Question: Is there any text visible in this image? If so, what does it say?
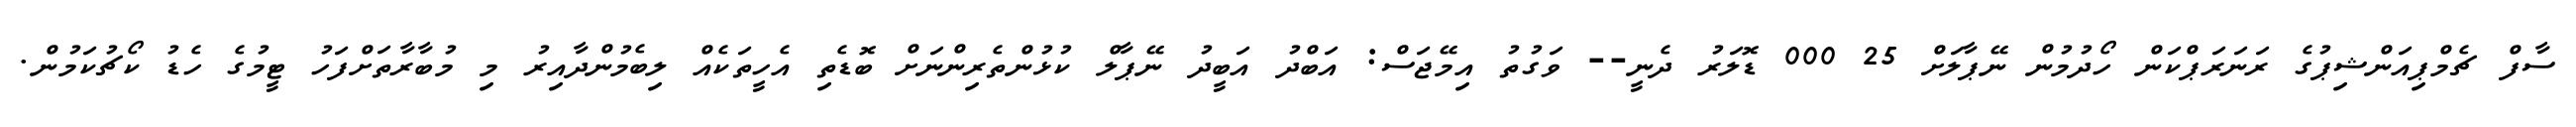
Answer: ސާފް ޗެމްޕިއަންޝިޕުގެ ރަނަރަޕްކަން ހޯދުމުން ނޭޕާލަށް 25 000 ޑޮލަރު ދެނީ-- ވަގުތު އިމޭޖަސް: އަބްދު އަބީދު ނޭޕާލް ކުޅުންތެރިންނަށް ބޮޑެތި އެހީތަކެއް ލިބެމުންދާއިރު މި މުބާރާތަށްފަހު ޓީމުގެ ހެޑު ކޯޗުކަމުން.